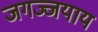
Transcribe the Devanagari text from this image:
जगज्जयाय